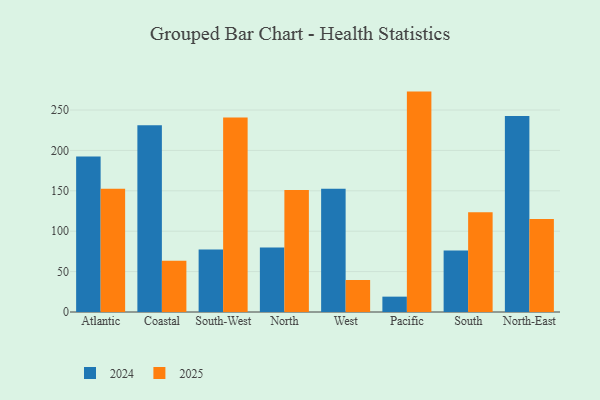
{"axis": {"x": "Region", "y": "LTV (USD)"}, "legend": ["2024", "2025"], "data": [{"x": "Atlantic", "y": 152.5, "type": "2025"}, {"x": "Atlantic", "y": 192.5, "type": "2024"}, {"x": "Coastal", "y": 63.3, "type": "2025"}, {"x": "Coastal", "y": 231.3, "type": "2024"}, {"x": "South-West", "y": 240.6, "type": "2025"}, {"x": "South-West", "y": 77.3, "type": "2024"}, {"x": "North", "y": 150.9, "type": "2025"}, {"x": "North", "y": 79.8, "type": "2024"}, {"x": "West", "y": 39.6, "type": "2025"}, {"x": "West", "y": 152.6, "type": "2024"}, {"x": "Pacific", "y": 272.8, "type": "2025"}, {"x": "Pacific", "y": 19.0, "type": "2024"}, {"x": "South", "y": 123.4, "type": "2025"}, {"x": "South", "y": 76.1, "type": "2024"}, {"x": "North-East", "y": 115.1, "type": "2025"}, {"x": "North-East", "y": 242.7, "type": "2024"}]}